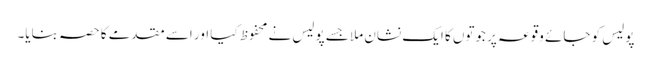
پولیس کو جائے وقوعہ پر جوتوں کا ایک نشان ملا جسے پولیس نے محفوظ کیا اور اسے مقدمے کا حصہ بنایا۔